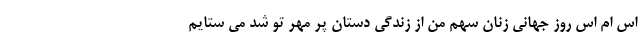
اس ام اس روز جهانی زنان سهم من از زندگی دستان پر مهر تو شد می ستایم